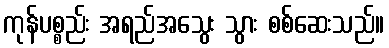
ကုန်ပစ္စည်း အရည်အသွေး သွား စစ်ဆေးသည်။